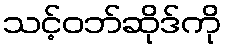
သင့်ဝဘ်ဆိုဒ်ကို